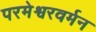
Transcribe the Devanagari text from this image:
परमेश्वरवर्मन